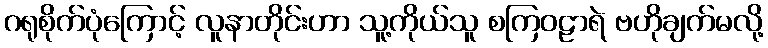
ဂရုစိုက်ပုံကြောင့် လူနာတိုင်းဟာ သူ့ကိုယ်သူ စကြဝဠာရဲ ဗဟိုချက်မလို့